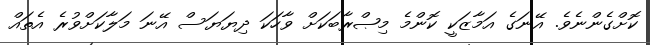
ކޮށްގެންނެވެ. އޭނަގެ އަމާޒަކީ ކޮންމެ މިޞްރާބަކަށް ވާހަކަ ދިޔަޔަސް އޭނަ މަލާކަށްވުރެ އެތައް